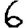
Digit: 6